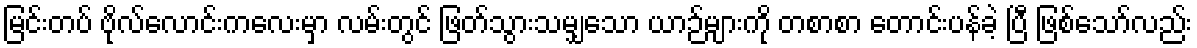
မြင်းတပ် ဗိုလ်လောင်းကလေးမှာ လမ်းတွင် ဖြတ်သွားသမျှသော ယာဉ်များကို တစာစာ တောင်းပန်ခဲ့ ပြီ ဖြစ်သော်လည်း